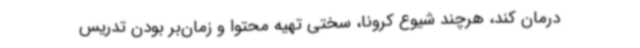
درمان کند، هرچند شیوع کرونا، سختی تهیه محتوا و زمان‌بر بودن تدریس